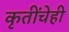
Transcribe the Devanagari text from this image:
कृतींचेही